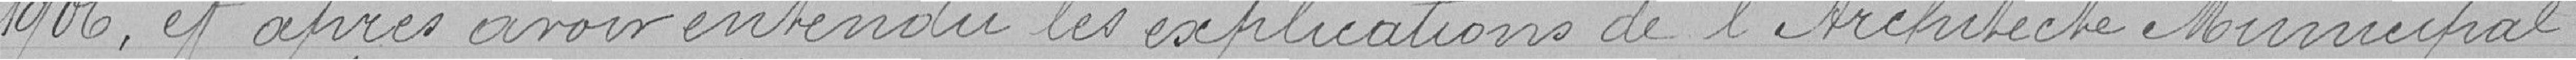
1906, et après avoir entendu les explications de l'Architecte Municipal :